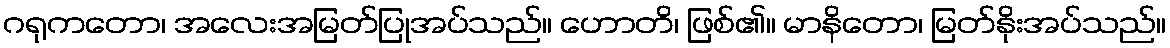
ဂရုကတော၊ အလေးအမြတ်ပြုအပ်သည်။ ဟောတိ၊ ဖြစ်၏။ မာနိတော၊ မြတ်နိုးအပ်သည်။